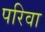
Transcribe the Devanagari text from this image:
परिवा